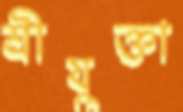
শ্রীযুক্তা